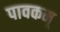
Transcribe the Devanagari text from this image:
पावकम्